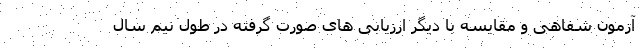
آزمون شفاهی و مقایسه با دیگر ارزیابی های صورت گرفته در طول نیم سال